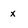
Character: x